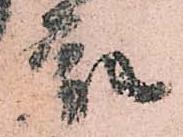
衆